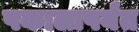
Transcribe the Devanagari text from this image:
पकालापर्यंत